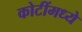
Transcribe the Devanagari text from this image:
कोटींमध्ये